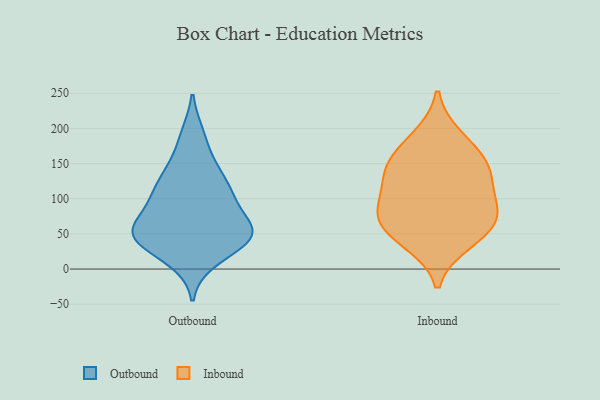
{"axis": {"x": "Inventory Turnover", "y": "Value"}, "legend": ["Inbound", "Outbound"], "data": [{"x": "", "y": 58, "type": "Outbound"}, {"x": "", "y": 11, "type": "Outbound"}, {"x": "", "y": 34, "type": "Outbound"}, {"x": "", "y": 109, "type": "Outbound"}, {"x": "", "y": 152, "type": "Outbound"}, {"x": "", "y": 99, "type": "Outbound"}, {"x": "", "y": 192, "type": "Outbound"}, {"x": "", "y": 55, "type": "Outbound"}, {"x": "", "y": 49, "type": "Outbound"}, {"x": "", "y": 106, "type": "Outbound"}, {"x": "", "y": 70, "type": "Outbound"}, {"x": "", "y": 133, "type": "Outbound"}, {"x": "", "y": 49, "type": "Outbound"}, {"x": "", "y": 41, "type": "Outbound"}, {"x": "", "y": 82, "type": "Inbound"}, {"x": "", "y": 64, "type": "Inbound"}, {"x": "", "y": 166, "type": "Inbound"}, {"x": "", "y": 38, "type": "Inbound"}, {"x": "", "y": 93, "type": "Inbound"}, {"x": "", "y": 82, "type": "Inbound"}, {"x": "", "y": 50, "type": "Inbound"}, {"x": "", "y": 141, "type": "Inbound"}, {"x": "", "y": 188, "type": "Inbound"}, {"x": "", "y": 135, "type": "Inbound"}, {"x": "", "y": 135, "type": "Inbound"}]}